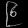
Digit: ၉